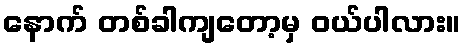
နောက် တစ်ခါကျတော့မှ ဝယ်ပါလား။